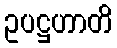
ဥပဋ္ဌဟာတိ